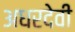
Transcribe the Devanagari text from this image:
अधरदेवी